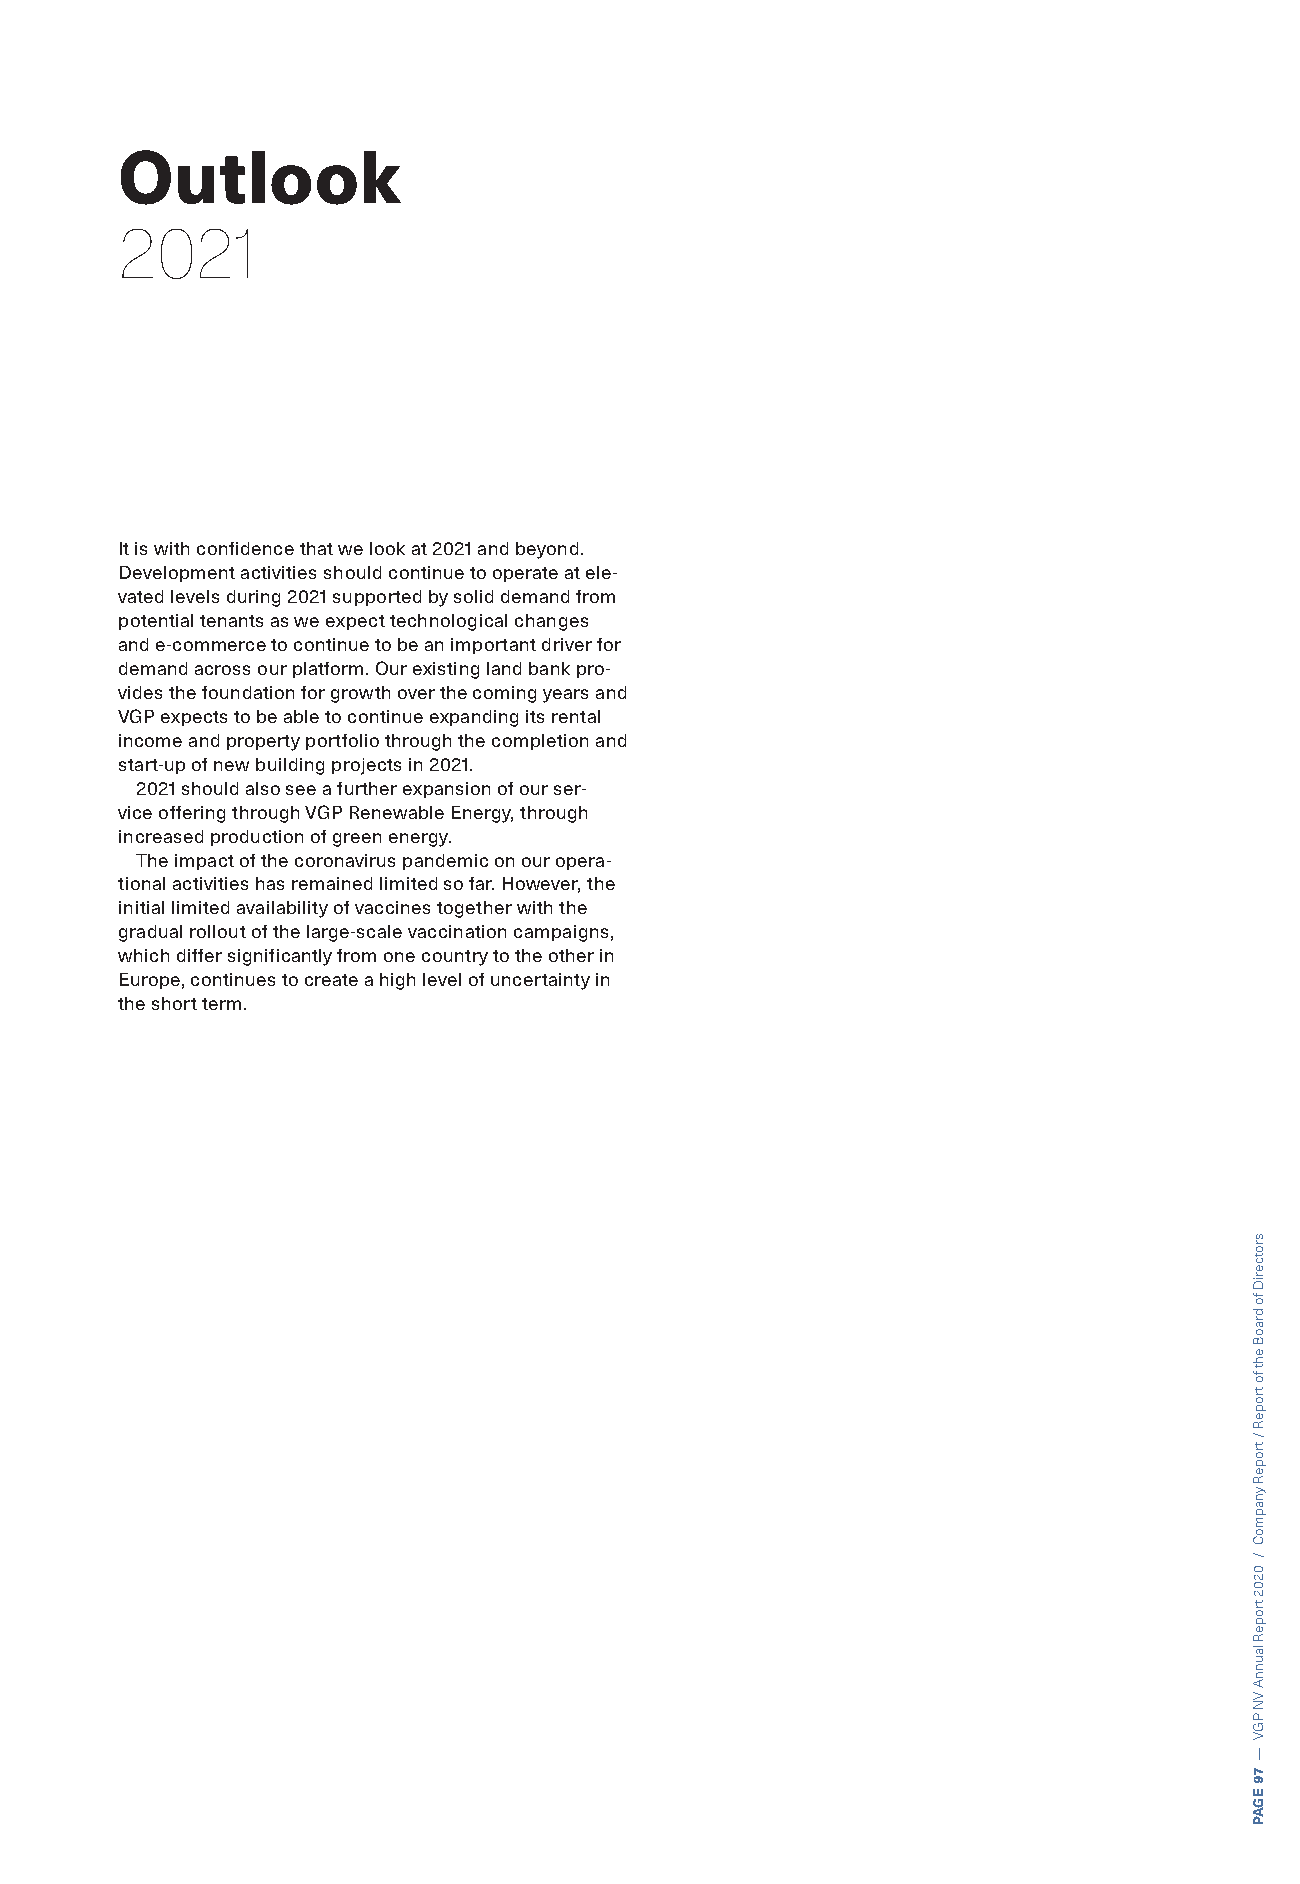
Outlook
 2021
 It is with confidence that we look at 2021 and beyond.
 Development activities should continue to operate at ele-
 vated levels during 2021 supported by solid demand from
 potential tenants as we expect technological changes
 and e-commerce to continue to be an important driver for
 demand across our platform. Our existing land bank pro-
 vides the foundation for growth over the coming years and
 VGP expects to be able to continue expanding its rental
 income and property portfolio through the completion and
 start-up of new building projects in 2021.
 2021 should also see a further expansion of our ser-
 vice offering through VGP Renewable Energy, through
 increased production of green energy.
 The impact of the coronavirus pandemic on our opera-
 tional activities has remained limited so far. However, the
 initial limited availability of vaccines together with the
 gradual rollout of the large-scale vaccination campaigns,
 which differ significantly from one country to the other in
 Europe, continues to create a high level of uncertainty in
 the short term.
 srotceriD
 fo
 draoB
 eht
 fo
 tropeR
 /
 tropeR
 ynapmoC
 /
 0202
 tropeR
 launnA
 VN
 PGV
 —
 79
 EGAP